Leaving Certificate Examination, 1907
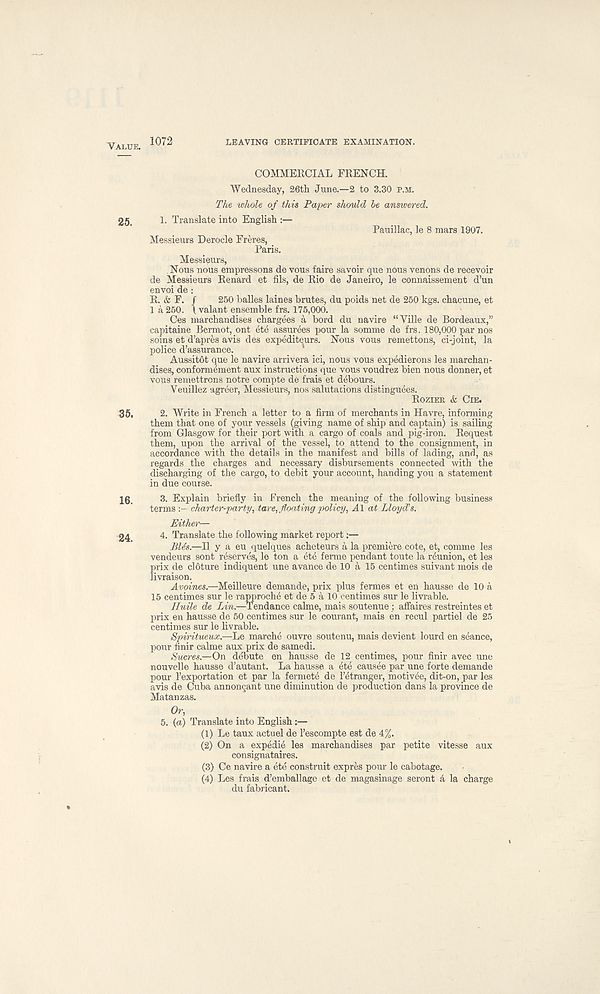
VALUE.
1072
LEAVING CERTIFICATE EXAMINATION.
25.
35.
16.
24.
COMMERCIAL FRENCH.
Wednesday, 26th June.—2 to 3.30 P.M.
The whole of this Paper should he answered.
1. Translate into English :—
Pauillac, le 8 mars 1907.
Messieurs Derocle Freres,
Paris.
Messieurs,
Nous nous empressons de vous faire savoir que nous venons de recevoir
de Messieurs Renard et fils, de Rio de Janeiro, le connaissement d’un
envoi de :
R. & F. /
250 balles laines brutes, du poids net de 250 kgs. chacune, et
1 a 250. \ valant ensemble frs. 175,000.
Ces marchandises chargees a bord du navire “Ville de Bordeaux,”
capitaine Bermot, ont ete assurees pour la somme de frs. 180,000 par nos
soins et d’apres avis des expediteurs. Nous vous remettons, ci-joint, la
police d’assurance.
Aussitot que le navire arrivera ici, nous vous expedierons les marchan-
dises, conform4ment aux instructions que vous voudrez Men nous donner, et
vous remettrons notre compte de frais et debours.
Veuillez agreer, Messieurs, nos salutations distinguees.
ROZIER & CIE.
2. Write in French a letter to a firm of merchants in Havre, informing
them that one of your vessels (giving name of ship and captain) is sailing
from Glasgow for their port with a cargo of coals and pig-iron. Request
them, upon the arrival of the vessel, to attend to the consignment, in
accordance with the details in the manifest and bills of lading, and, as
regards the charges and necessary disbursements connected with the
discharging of the cargo, to debit your account, handing you a statement
in due course.
3. Explain briefly in French the meaning of the following business
terms
charter-party, tare,.floating policy, A\ at Lloyd's.
Either—
4. Translate the following market report:—
Lies.—II y a eu quelques acheteurs a la premiere cote, et, comme les
vendeurs sont reserves, le ton a ete ferme pendant toute la reunion, et les
ftrix de cloture indiquent une avance de 10 a 15 centimes suivant mois de
ivraison.
Avoines.—Meilleure demande, prix plus femes et en hausse de 10 a
15 centimes sur le rapproche et de 5 a 10 centimes sur le livrable.
Huile de Lin.—Tendance calme, mais soutenue; affaires restreintes et
prix en hausse de 50 centimes sur le courant, mais en recul partiel de 25
centimes sur le livrable.
Spiritueux.—Le marche ouvre soutenu, mais devient lourd en seance,
pour finir calme aux prix de samedi.
Sucres.—On debute en hausse de 12 centimes, pour finir avec une
nouvelle hausse d’autant. La hausse a ete causee par une forte demande
pour 1’exportation et par la fermete de I’etranger, motivee, dit-on, par les
avis de Cuba annoncant une diminution de production dans la province de
Matanzas.
Or,
5.
{a) Translate into En
(1)
L
(2)
O
consignataires.
(3)
C
(4)
L
du fabricant.